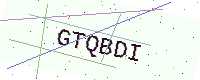
Text: GTQBDI